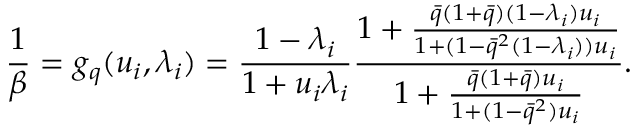
\frac { 1 } { \beta } = g _ { q } ( u _ { i } , \lambda _ { i } ) = \frac { 1 - \lambda _ { i } } { 1 + u _ { i } \lambda _ { i } } \frac { 1 + \frac { \bar { q } ( 1 + \bar { q } ) ( 1 - \lambda _ { i } ) u _ { i } } { 1 + ( 1 - \bar { q } ^ { 2 } ( 1 - \lambda _ { i } ) ) u _ { i } } } { 1 + \frac { \bar { q } ( 1 + \bar { q } ) u _ { i } } { 1 + ( 1 - \bar { q } ^ { 2 } ) u _ { i } } } .